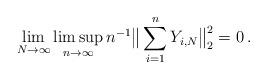
LaTeX: \begin{align*} \lim_{N \rightarrow \infty}\limsup_{n \rightarrow \infty} n^{-1} \big \Vert \sum_{i=1}^n Y_{i,N} \big \Vert^2_2 = 0 \, .\end{align*}